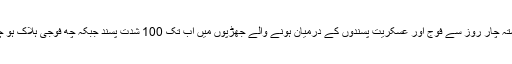
وہاں گزشتہ چار روز سے فوج اور عسکریت پسندوں کے درمیان ہونے والے جھڑپوں میں اب تک 100 شدت پسند جبکہ چھ فوجی ہلاک ہو چکے ہیں۔